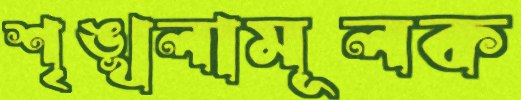
শৃঙ্খলামূলক